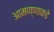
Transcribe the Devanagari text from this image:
आमण्णाकडे